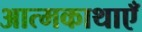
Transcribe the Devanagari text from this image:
आत्मकाथाएँ